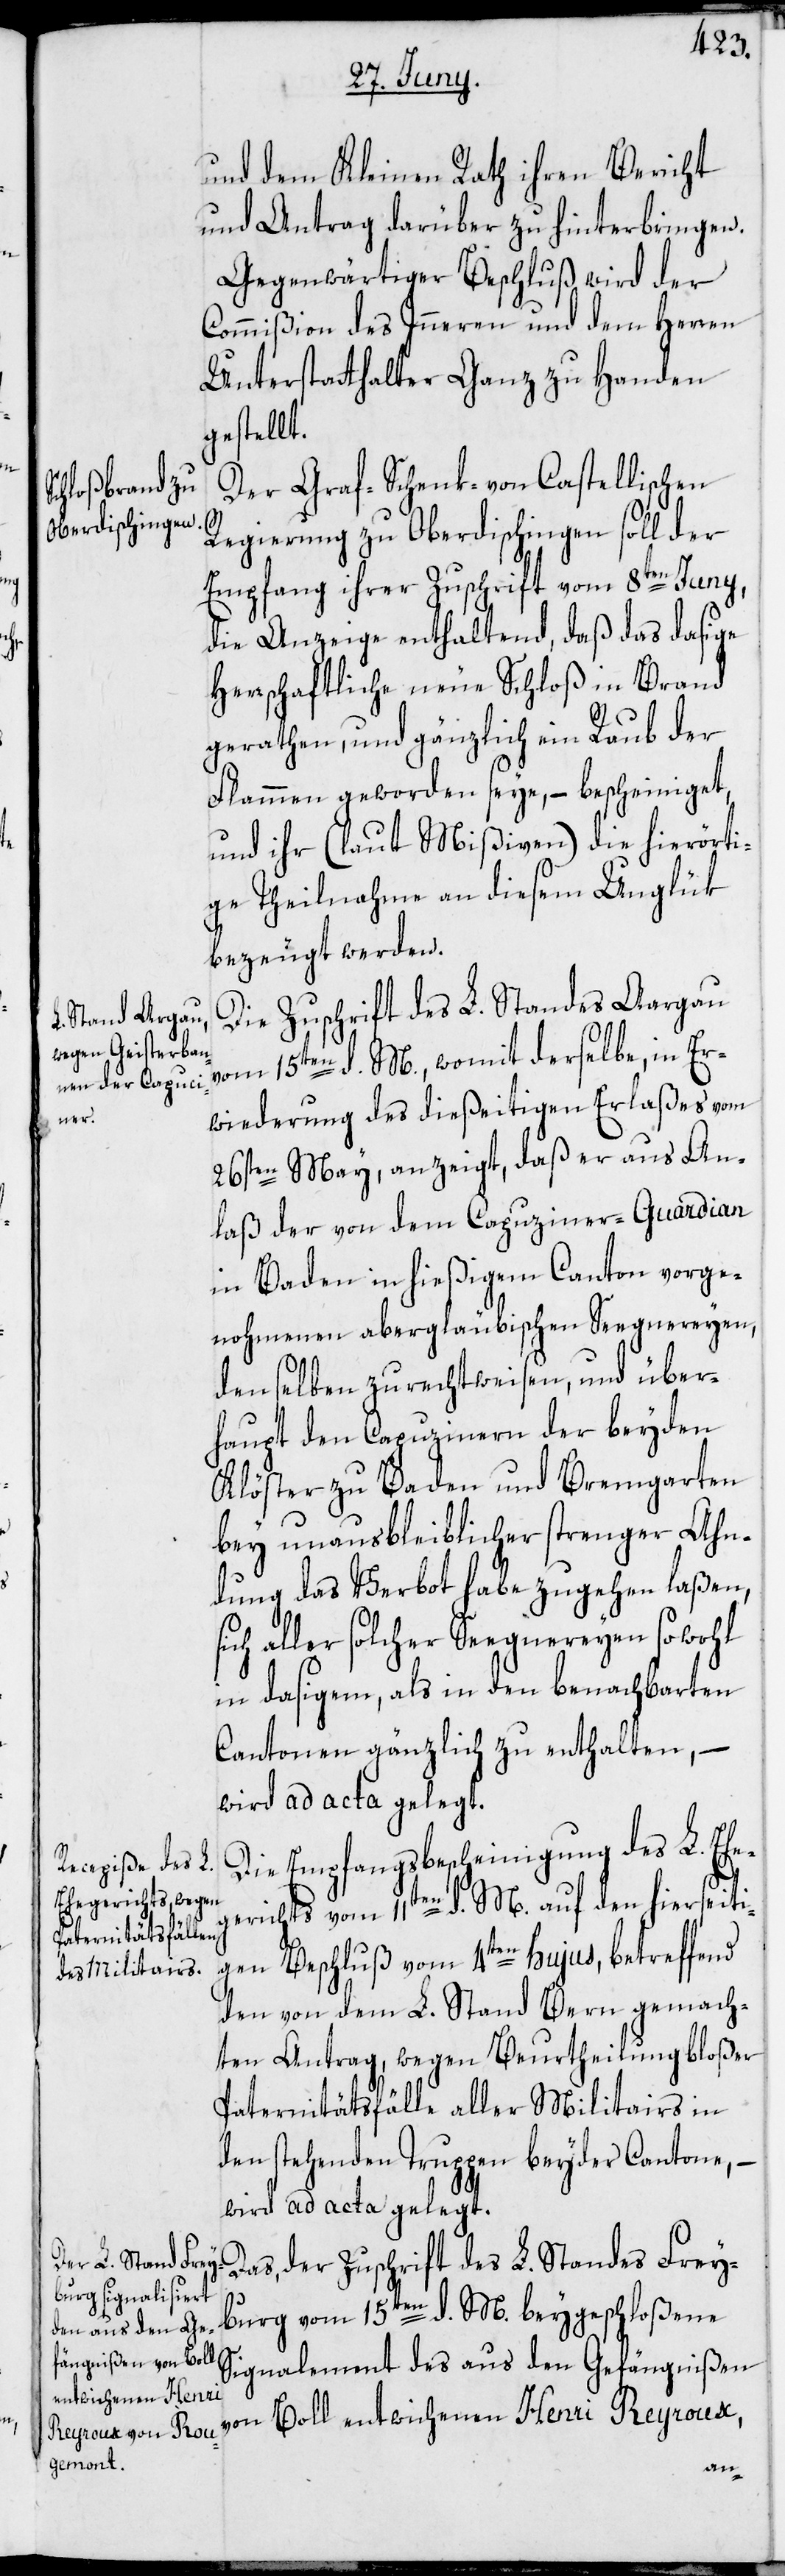
ger¬

und dem Kleinen Rath ihren Bericht
und Antrag darüber zu hinterbringen.
Gegenwärtiger Beschluß wird der
Commißion des Inneren und dem Herren
Unterstatthalter Ganz zu Handen
gestellt.
Der Graf-Schenk-von Castellischen
Regierung zu Oberdischingen soll der
Empfang ihrer Zuschrift vom 8ten Juny,
die Anzeige enthaltend, daß das dasige
herrschaftliche neue Schloß in Brand
gerathen, und gänzlich ein Raub der
Flammen geworden seye, – bescheiniget,
und ihr (laut Mißiven) die hierörti¬
ge Theilnahme an diesem Unglük
bezeugt werden.
Die Zuschrift des L. Standes Aargau
vom 15ten d. M., womit derselbe, in Er¬
wiederung des dießseitigen Erlaßes vom
26sten May, anzeigt, daß er aus An¬
laß der von dem Capuziner-Guardian
in Baden in hießigem Canton vorge¬
nohmenen abergläubischen Seegnereyen,
denselben zurechtweisen, und über¬
haupt den Capuzinern der beyden
Klöster zu Baden und Bremgarten
bey unausbleiblicher strenger Ahn¬
dung das Verbot habe zugehen laßen,
aller solcher Seegnereyen sowohl
in dasigem, als in den benachbarten
Cantonen gänzlich zu enthalten, –
wird ad acta gelegt.
Die Empfangsbescheinigung des L. Ehe¬
ichts vom 11ten d. M. auf den hierseiti¬
gen Beschluß vom 4ten hujus, betreffend
den von dem L. Stand Bern gemach¬
ten Antrag, wegen Beurtheilung bloßer
Paternitätsfälle aller Militairs in
den stehenden Truppen beyder Cantone, –
wird ad acta gelegt.
Das, der Zuschrift des L. Standes Frey¬
burg vom 15ten d. M. beygeschloßene
Signalement des aus den Gefängnißen
von Boll entwichenen Henri Reyroux,